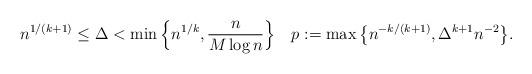
LaTeX: \begin{align*}n^{1/(k+1)} \leq \Delta < \min\Big\{ n^{1/k}, \frac{n}{M\log{n}} \Big\}\enspace \enspace p:= \max\big\{ n^{-k/(k+1)}, \Delta^{k+1} n^{-2}\big\}. \end{align*}